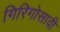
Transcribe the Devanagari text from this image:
गिरिगोसावी